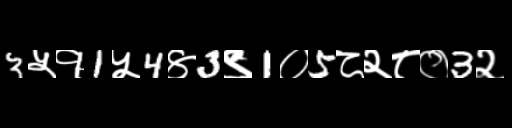
Text: 3५१1५4४3९1०5८२८०3२